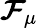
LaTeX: \boldsymbol{\mathcal{F}}_{\mu}